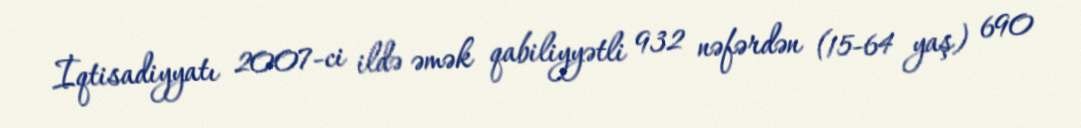
İqtisadiyyatı 2007-ci ildə əmək qabiliyyətli 932 nəfərdən (15-64 yaş) 690